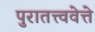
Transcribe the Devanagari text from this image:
पुरातत्त्ववेत्ते